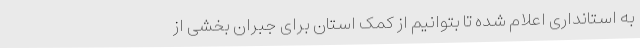
به استانداری اعلام شده تا بتوانیم از کمک استان برای جبران بخشی از